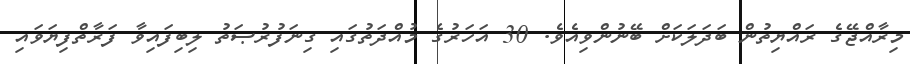
މިރާއްޖޭގެ ރައްޔިތުން ބަދަލަކަށް ބޭނުންވިއެވެ. 30 އަހަރުގެ މުއްދަތުގައި ގިނަފުރުޞަތު ލިބިފައިވާ ފަރާތްފިޔަވައި